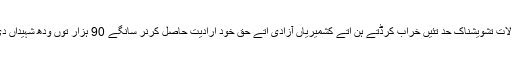
انہاں آکھیے جو بھارتی مقبوضہ کشمیراچ قابض فوجیاں حالات تشویشناک حد تئیں خراب کرڈتے ہن اتے کشمیریاں آزادی اتے حق خود ارادیت حاصل کرنر سانگے 90 ہزار توں ودھ شہیداں دی قربانیاں ڈتیاں ہن جنہاں اچ بال اتے تریمتیں وی شامل ہن۔